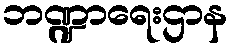
ဘဏ္ဍာရေးဌာန